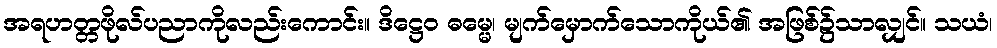
အရဟတ္တဖိုလ်ပညာကိုလည်းကောင်း။ ဒိဋ္ဌေဝ ဓမ္မေ၊ မျက်မှောက်သောကိုယ်၏ အဖြစ်၌သာလျှင်။ သယံ၊